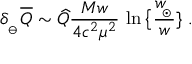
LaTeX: \delta _ { _ \ominus } \overline { { Q } } \sim \widehat Q { \frac { M w } { 4 c ^ { 2 } \mu ^ { 2 } } } \, \ln \big \{ { \frac { w _ { \! _ { \odot } } } { w } } \} \ .